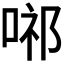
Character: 𭈢